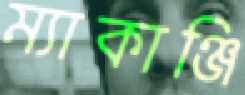
ম্যাকাঞ্জি